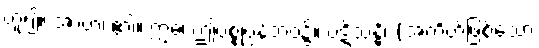
ဟူ၍။ အာဟ၊ ၏။ ဣဓ၊ ဤပစ္စုပ္ပန်ဘဝ၌။ ပဋိသန္ဓိ၊ (အတိတ်ဖြစ်သော